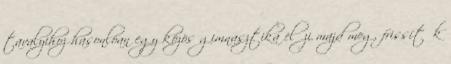
tavalyihoz hasonlóan egy közös gimnasztika előzi majd meg, frissítők